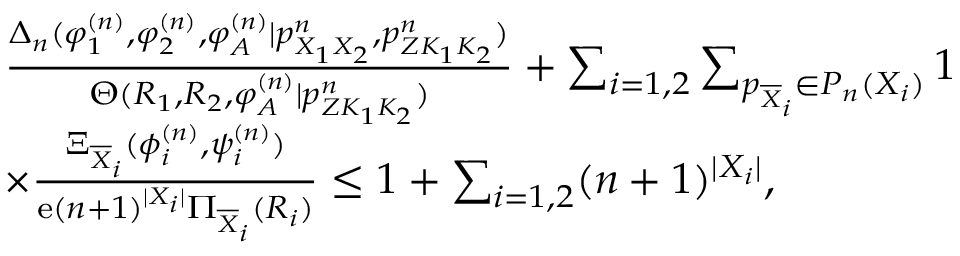
\begin{array} { r l } & { \frac { \Delta _ { n } ( \varphi _ { 1 } ^ { ( n ) } , \varphi _ { 2 } ^ { ( n ) } , \varphi _ { \cal A } ^ { ( n ) } | p _ { X _ { 1 } X _ { 2 } } ^ { n } , { p _ { Z K _ { 1 } K _ { 2 } } ^ { n } } ) } { \Theta ( R _ { 1 } , R _ { 2 } , \varphi _ { \cal A } ^ { ( n ) } | { p _ { Z K _ { 1 } K _ { 2 } } ^ { n } } ) } + \sum _ { i = 1 , 2 } \sum _ { p _ { \overline { { X } } _ { i } } \in { \cal P } _ { n } ( { \cal X } _ { i } ) } 1 } \\ & { \times \frac { \Xi _ { \overline { { X } } _ { i } } ( \phi _ { i } ^ { ( n ) } , \psi _ { i } ^ { ( n ) } ) } { \mathrm { e } ( n + 1 ) ^ { | { \cal X } _ { i } | } \Pi _ { \overline { { X } } _ { i } } ( R _ { i } ) } \leq 1 + \sum _ { i = 1 , 2 } ( n + 1 ) ^ { | { \cal X } _ { i } | } , } \end{array}